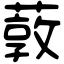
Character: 䔻